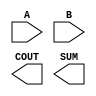
module sky130_fd_sc_hs__ha (
    //# {{data|Data Signals}}
    input  A   ,
    input  B   ,
    output COUT,
    output SUM
);

    // Voltage supply signals
    supply1 VPWR;
    supply0 VGND;

endmodule